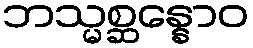
ဘသ္မစ္ဆန္နောဝ